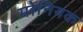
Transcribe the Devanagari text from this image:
मोनियक